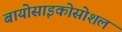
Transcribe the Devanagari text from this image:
बायोसाइकोसोशल